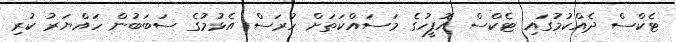
ޓެކްސް ދެއްކުމުގައި ޓެކްސް އޮފީހުގެ މަސައްކަތަށް ހުރަސް އެޅުމުގެ ސަބަބުން ހައްޔަރު ކުރި